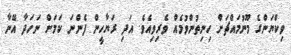
ވިކްޔަންގެ މޫނުމައްޗަށް ހިނިތުންވުމެއް ވެރިވިއެވެ. އަދި ރަޔާހީން ފެންނަ ކަމަށް ނަހަދާ އޭނާ